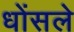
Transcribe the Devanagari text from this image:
धोंसले